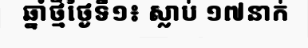
ឆ្នាំថ្មីថ្ងៃទី១៖ ស្លាប់ ១៧នាក់